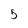
Character: 5